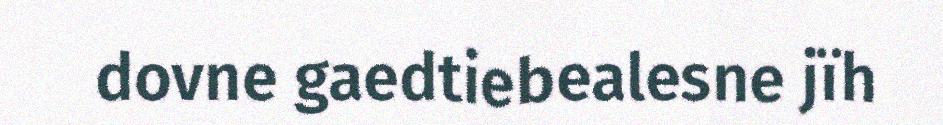
dovne gaedtiebealesne jïh